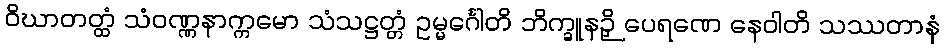
ဝိဃာတတ္ထံ သံဝဏ္ဏနာက္ကမော သံသဋ္ဌတ္တံ ဥမ္မင်္ဂေါတိ ဘိက္ခူနဉှိ ပေရဏေ နေဝါတိ သဿတာနံ